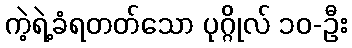
ကဲ့ရဲ့ခံရတတ်သော ပုဂ္ဂိုလ် ၁၀-ဦး